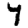
Digit: 7